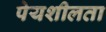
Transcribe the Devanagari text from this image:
पेयशीलता